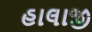
હાલાજી